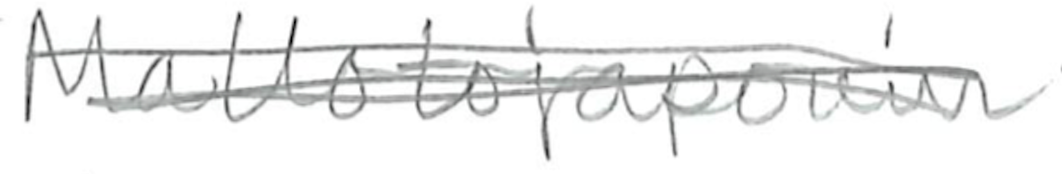
Text: Mallotojaponin
Cross-out: scratch
Writing tool: pencil